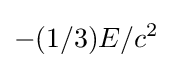
-(1/3)E/c^{2}